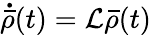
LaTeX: \mathbf{\dot{\bar{\rho}}}(t)=\mathcal{L}\mathbf{\bar{\rho}}(t)